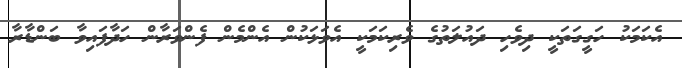
އެކަމަކު ހަގީގަތަކީ ދިވެހި ދައުލަތުގެ ވެރިކަމަކީ އެވަޅަކުން އެންމެން ފެންވަރާން ހަދާފައިވާ ބަންޑާރާ